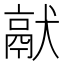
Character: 𤡎